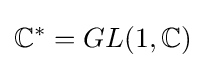
\mathbb {C} ^{*}=GL(1,\mathbb {C} )